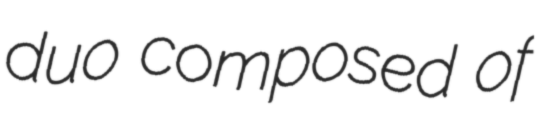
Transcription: duo composed of